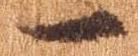
一